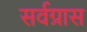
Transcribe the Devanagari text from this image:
सर्वग्रास